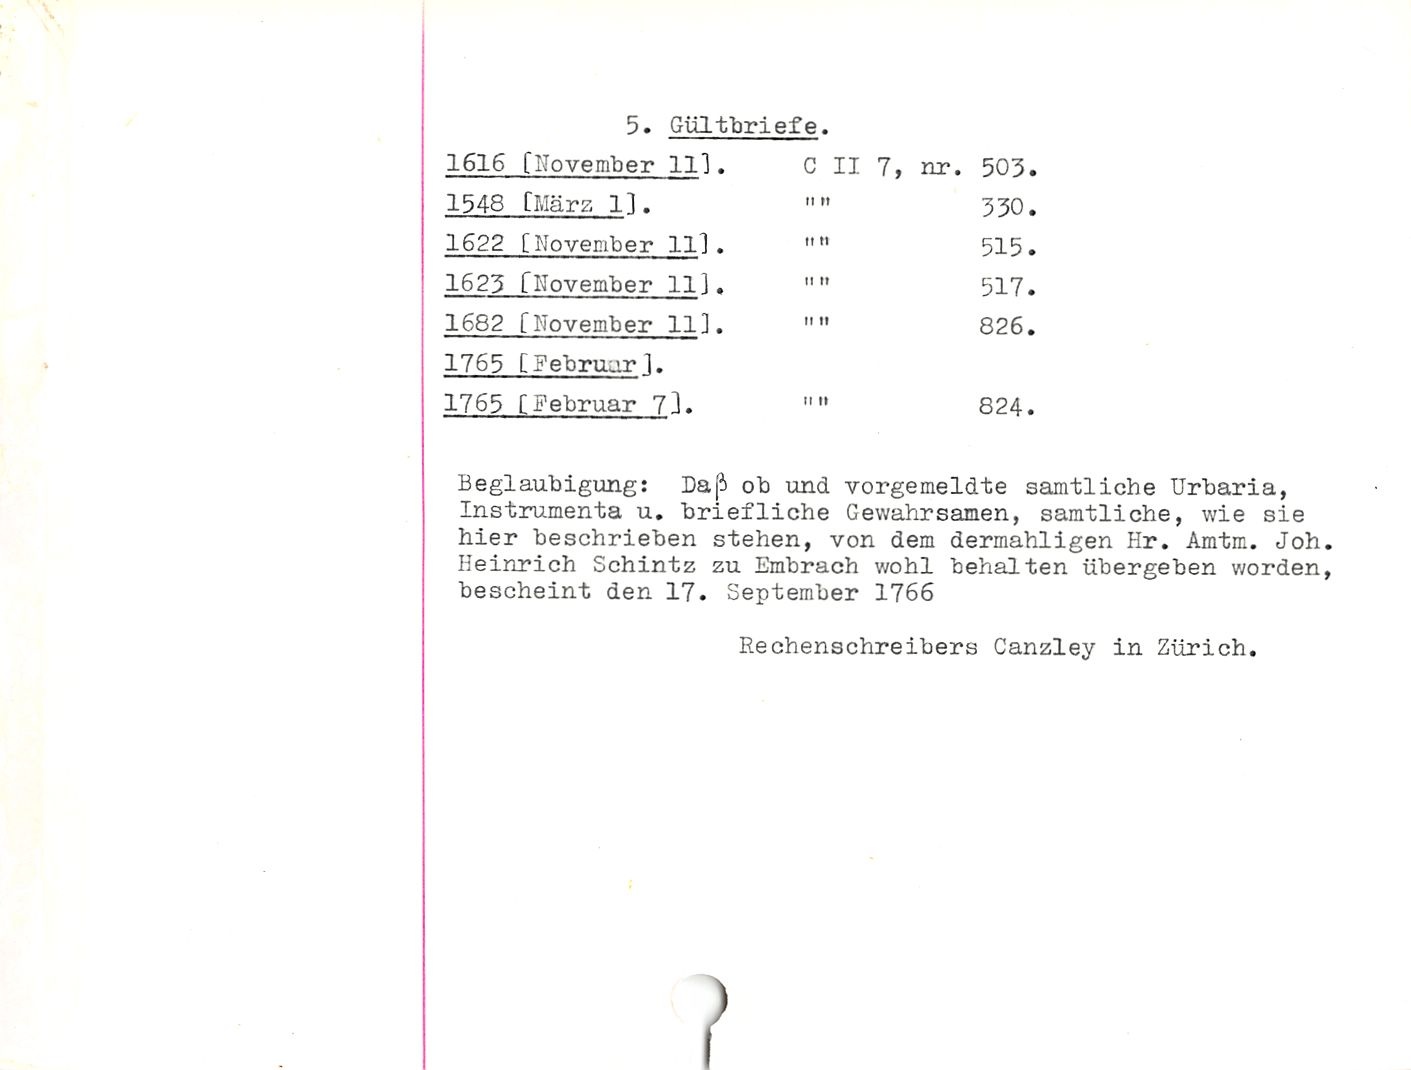
5. Gültbriefe.

Beglaubigung: Daß ob und vorgemeldte sämtliche Urbaria,

Instrumenta u. briefliche Gewahrsamen, sämtliche, wie sie
hier beschrieben stehen, von dem dermahligen Hr. Amtm. Joh.
Heinrich Schintz zu Embrach wohl behalten übergeben worden,
bescheint den 17. September 1766

Rechenschreibers Canzley in Zürich.